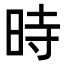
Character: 時